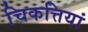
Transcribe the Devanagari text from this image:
चिकत्तियां